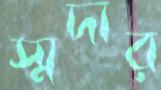
স্মদার